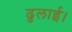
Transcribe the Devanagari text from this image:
ढुलाई।